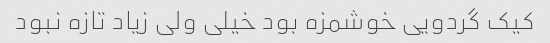
کیک گردویی خوشمزه بود خیلی ولی زیاد تازه نبود